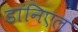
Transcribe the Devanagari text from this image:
डानिएल